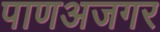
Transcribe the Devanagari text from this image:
पाणअजगर